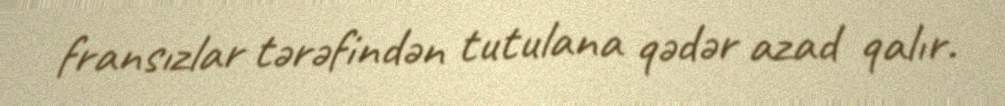
fransızlar tərəfindən tutulana qədər azad qalır.